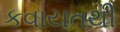
કવાયતથી